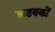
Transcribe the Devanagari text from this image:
कडवकों